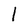
Character: 1